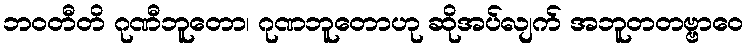
ဘဝတီတိ ဂုဏီဘူတော၊ ဂုဏဘူတောဟု ဆိုအပ်လျက် အဘူတတဗ္ဗာဝေ